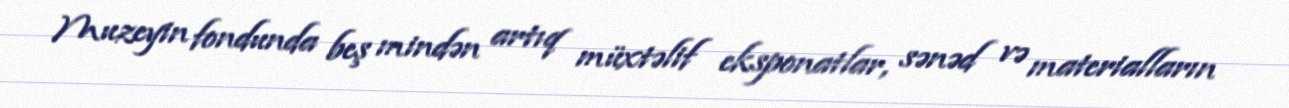
Muzeyin fondunda beş mindən artıq müxtəlif eksponatlar, sənəd və materialların